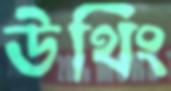
উথিং